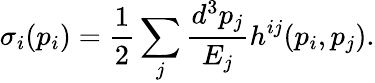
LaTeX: \sigma_{i}(p_{i})=\frac{1}{2}\sum_{j}\frac{d^{3}p_{j}}{E_{j}}h^{ij}(p_{i},p_{j}).